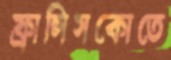
ফ্রান্সিসকোতে